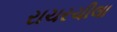
રાચરચીલા